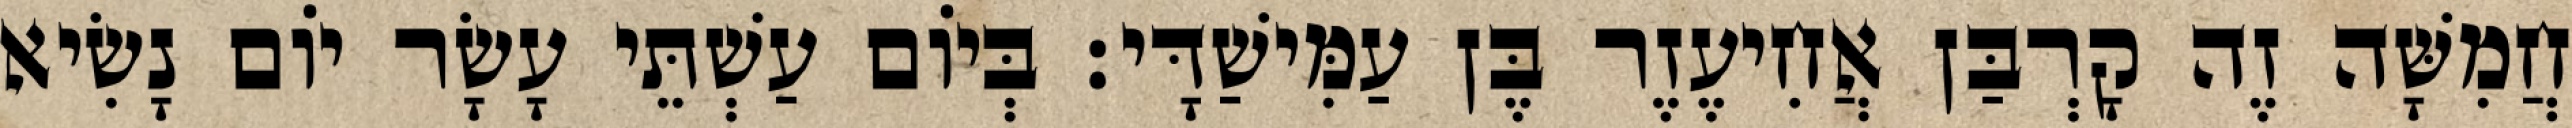
חֲמִשָּׁה זֶה קָרְבַּן אֲחִיעֶזֶר בֶּן עַמִּישַׁדָּי׃ בְּיוֹם עַשְׁתֵּי עָשָׂר יוֹם נָשִׂיא